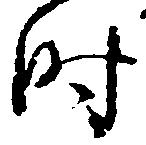
時